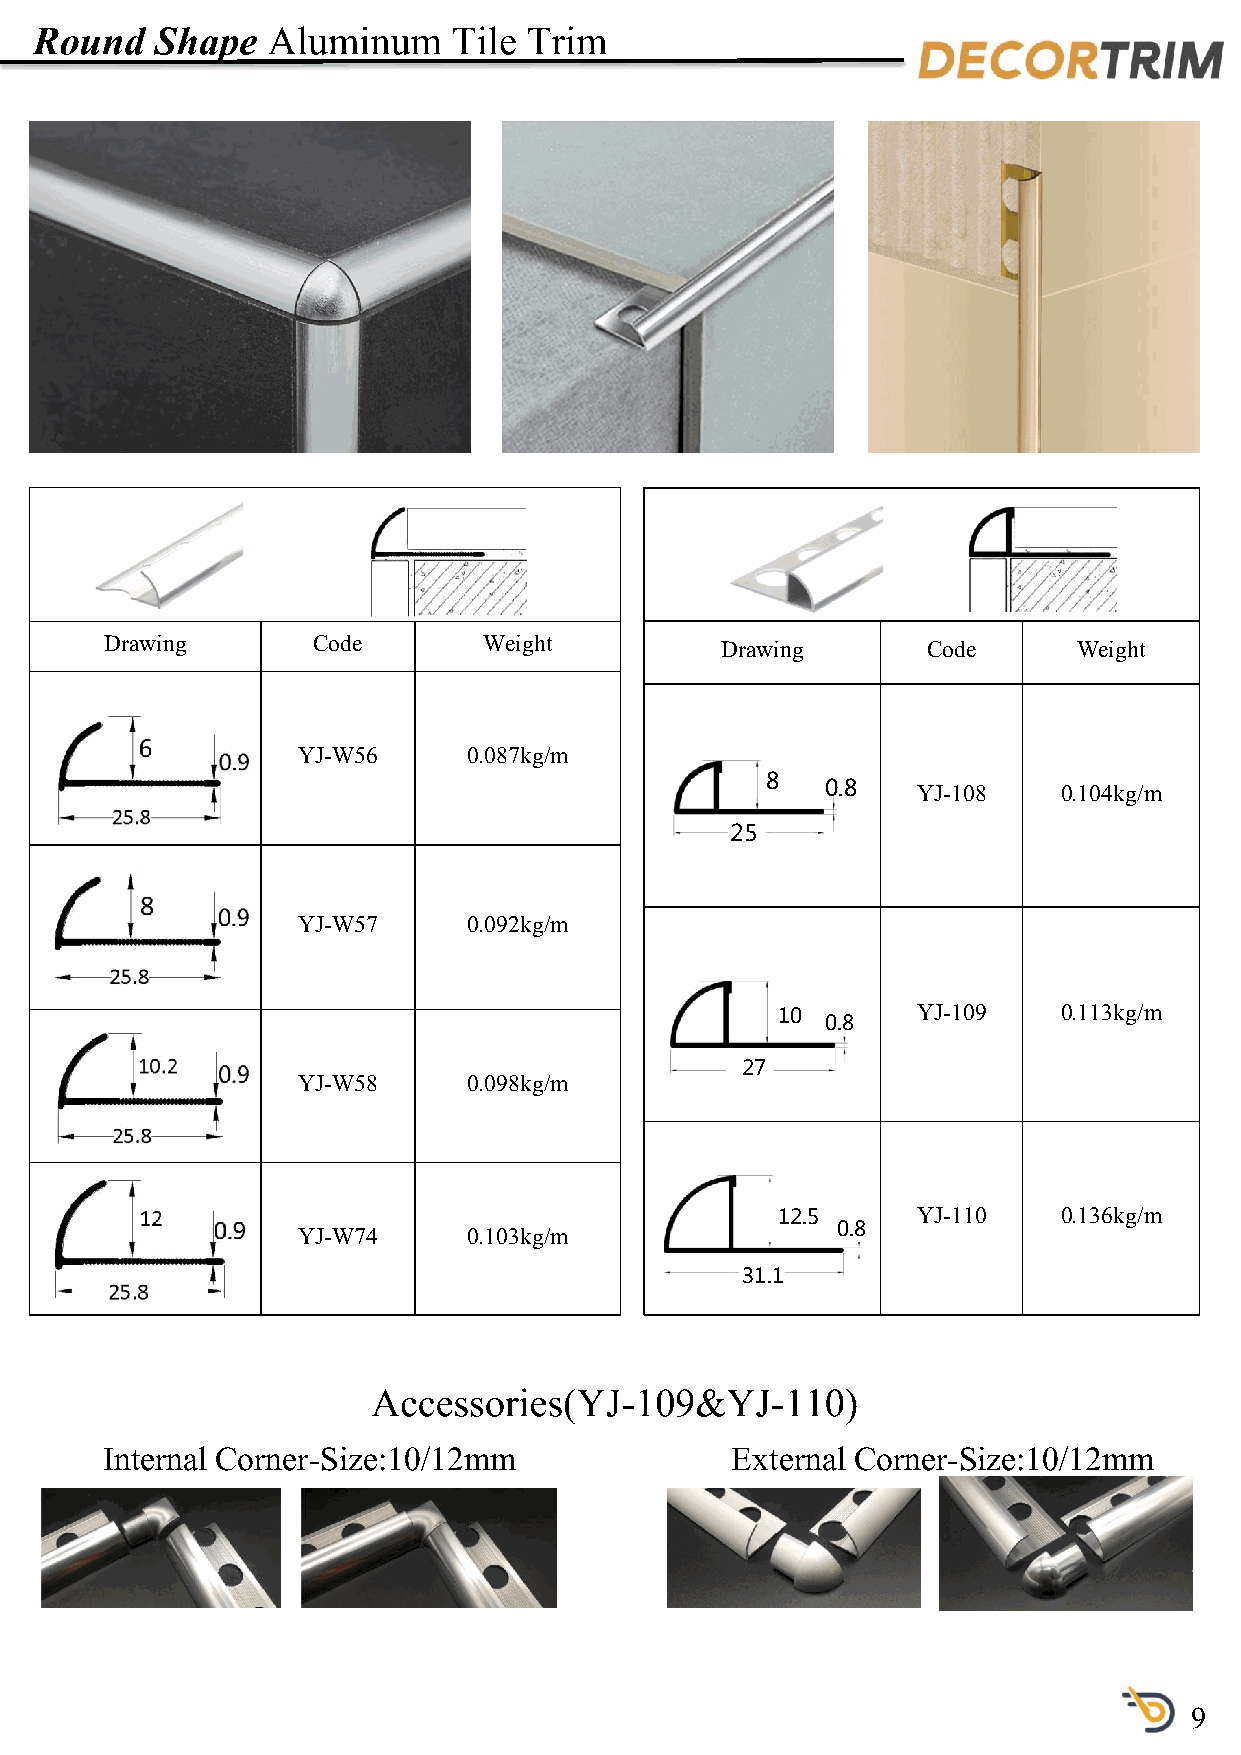
Round   Shape   Aluminum    Tile Trim
 Drawing       Code       Weight          Drawing      Code      Weight
 YJ-W56     0.087kg/m
 8
 0.8   YJ-108   0.104kg/m
 25
 YJ-W57     0.092kg/m
 YJ-109   0.113kg/m
 10
 0.8
 27
 YJ-W58     0.098kg/m
 YJ-110   0.136kg/m
 12.5
 YJ-W74     0.103kg/m               0.8
 31.1
 Accessories(YJ-109&YJ-110)
 Internal Corner-Size:10/12mm             External Corner-Size:10/12mm
 9